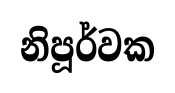
නිපූර්වක